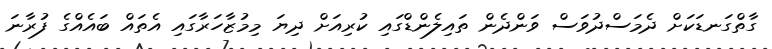
ގާތްގަނޑަކަށް ދެމަސްދުވަސް ވަންދެން ތައިލެންޑްގައި ކުރިއަށް ދިޔަ މިމުޒާހަރާގައި އެތައް ބައެއްގެ ފުރާނަ